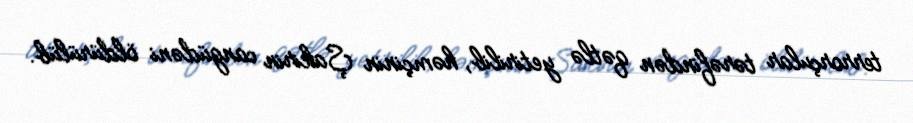
terrorçular tərəfindən qətlə yetirilib, həmçinin Şakirin cangüdəni öldürülüb.